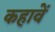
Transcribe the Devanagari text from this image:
कहावें